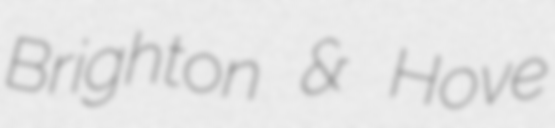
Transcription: Brighton & Hove